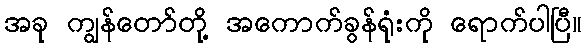
အခု ကျွန်တော်တို့ အကောက်ခွန်ရုံးကို ရောက်ပါပြီ။